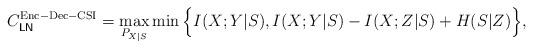
LaTeX: \begin{align*} C_\mathsf{LN}^\mathrm{Enc-Dec-CSI}=\max_{P_{X|S}}\min\Big\{I(X;Y|S),I(X;Y|S)-I(X;Z|S)+H(S|Z)\Big\},\end{align*}